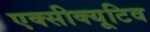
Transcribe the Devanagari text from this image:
एक्सीक्यूटिव